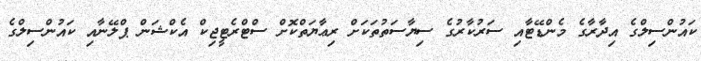
ކައުންސިލްގެ އިދާރާގެ މެންޑޭޓާއި ސަރުކާރުގެ ސިޔާސަތުތަކަށް ރިޢާޔަތްކޮށް ސްޓްރެޓީޖިކް އެކްޝަން ޕްލޭނާއި ކައުންސިލްގެ